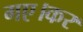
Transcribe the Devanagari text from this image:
गए।कर